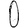
Digit: 0